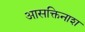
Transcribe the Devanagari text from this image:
आसक्तिनाश